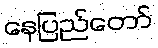
နေပြည်တော်